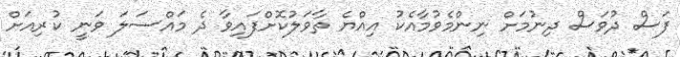
ފަސް ދުވަސް ދިނުމަށް ނިންމެވުމާއެކު އިއްޔެ ތާވަލުކޮށްފައިވާ ދެ މައްސަލަ ވަނީ ކުރިއަށް